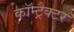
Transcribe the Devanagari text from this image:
कॉन्ट्रैक्टर